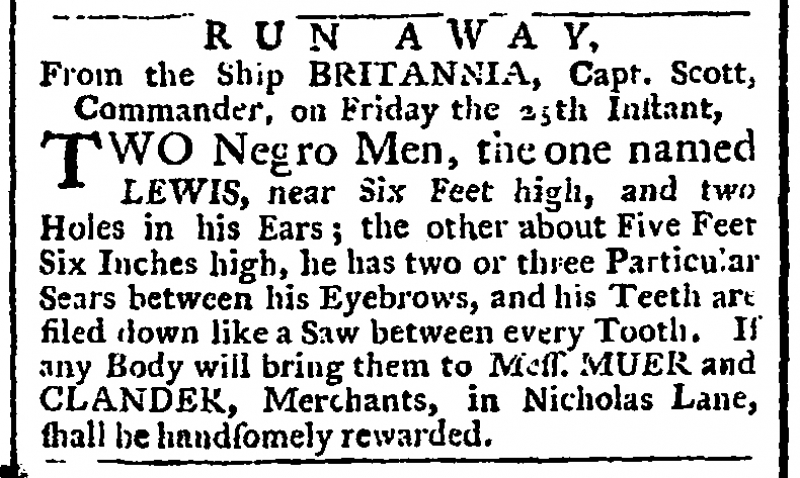
Public Ledger, Or, Daily Register of Commerce and Intelligence, 28 December 1761 (England)
             R U N   A W A Y,From the Ship BRITANNIA, Capt. Scott, Commander, on Friday the 25th Instant,  TWO Negro Men, the one named LEWIS, near Six Feet high, and two Holes in his Ears; the other about Five Feet Six Inches high, he has two or three Particular Scars between his Eyebrows, and his Teeth are filed down like a Saw between every Tooth. If any Body will bring them to Mess. MUER and CLANDER, Merchants, in Nicholas Lane, shall be handsomely rewarded.